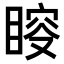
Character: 𥈃